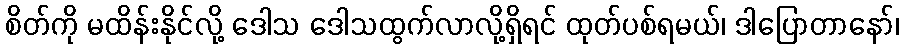
စိတ်ကို မထိန်းနိုင်လို့ ဒေါသ ဒေါသထွက်လာလို့ရှိရင် ထုတ်ပစ်ရမယ်၊ ဒါပြောတာနော်၊